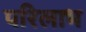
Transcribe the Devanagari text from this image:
परिलाभ